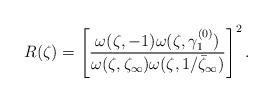
LaTeX: \begin{align*} R(\zeta) &= \left[\frac{\omega(\zeta,-1)\omega(\zeta,\gamma_1^{(0)})}{\omega(\zeta,\zeta_\infty)\omega(\zeta,1/\bar\zeta_\infty)}\right]^2. \end{align*}